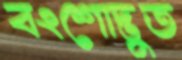
বংশোদ্ভুত